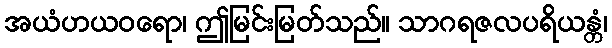
အယံဟယဝရော၊ ဤမြင်းမြတ်သည်။ သာဂရဇလပရိယန္တံ၊